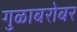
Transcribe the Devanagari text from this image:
गुळाबरोबर